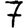
Digit: 7